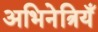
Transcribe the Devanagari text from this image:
अभिनेत्रियँ